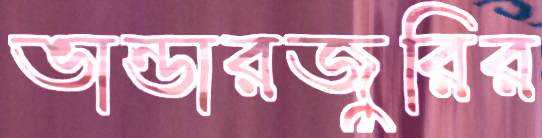
ভান্ডারজুরির